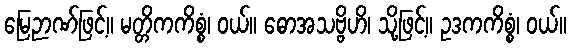
မြေဉာဏ်ဖြင့်။ မတ္တိကကိစ္စံ၊ ဝယ်။ ဓောအသဗ္ဗိဟိ၊ သို့ဖြင့်။ ဥဒကကိစ္စံ၊ ဝယ်။